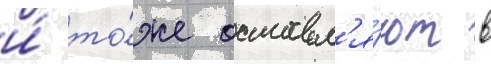
и́ то́же оставл'я́ют в